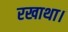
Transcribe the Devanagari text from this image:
रखाथा।